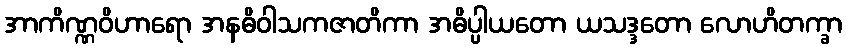
အာကိဏ္ဏဝိဟာရော အနဓိဝါသကဇာတိကာ အဓိပ္ပါယတော ယသဒ္ဒတော လောဟိတက္ခာ